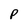
Character: P